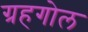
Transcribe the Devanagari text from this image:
ग्रहगोल